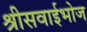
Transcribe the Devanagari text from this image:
श्रीसवाईभोज